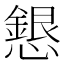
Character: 𢣰